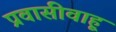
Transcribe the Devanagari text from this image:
प्रवासीवाहू